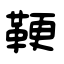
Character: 鞕